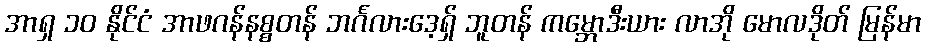
အာရှ ၁၀ နိုင်ငံ အာဖဂန်နစ္စတန် ဘင်္ဂလားဒေ့ရှ် ဘူတန် ကမ္ဘောဒီးယား လာအို မောလဒိုတ် မြန်မာ